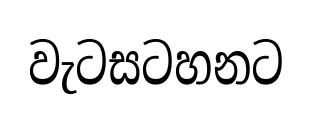
වැටසටහනට